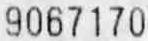
9067170